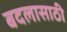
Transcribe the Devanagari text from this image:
बदलासाठी